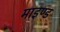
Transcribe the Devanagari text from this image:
माइण्ड